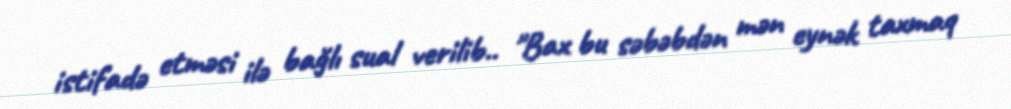
istifadə etməsi ilə bağlı sual verilib.. "Bax bu səbəbdən mən eynək taxmaq